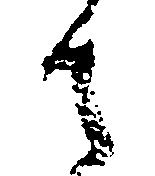
候